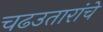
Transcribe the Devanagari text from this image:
चढउतारांचे